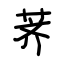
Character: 荠